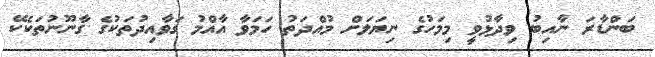
ބަންޑާރަ ނާއިބު ވިދާޅުވީ މިމަހުގެ ނިޔަލަށް މުއްދަތު ހަމަވާ އާއްމު ގަވާއިދުތަކުގެ ގާނޫނުތަކެކޭ